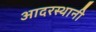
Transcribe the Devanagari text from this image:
आदरस्थानी